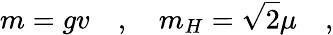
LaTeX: m=gv\quad,\quad m_{H}=\sqrt{2}\mu\quad,